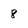
Character: 8